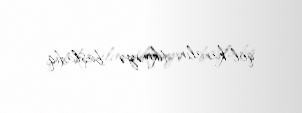
qol-kanalını tikməyə başladıq.